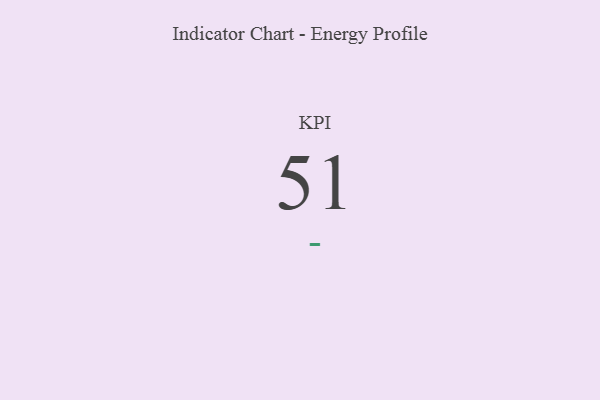
{"axis": {"x": "KPI", "y": "Value"}, "legend": [""], "data": [{"x": "KPI", "y": 51, "type": ""}]}